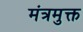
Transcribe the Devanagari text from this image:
मंत्रमुक्त